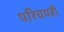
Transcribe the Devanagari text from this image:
परिचयही